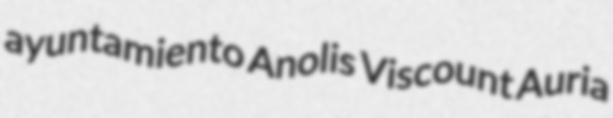
ayuntamiento Anolis Viscount Auria